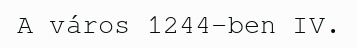
A város 1244-ben IV.